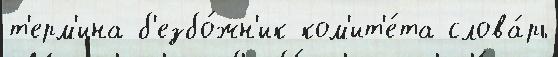
т'ерм'ина б'езбо́жн'ик ком'ит'е́та слова́рь